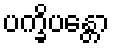
ပက္ခိပန္တော